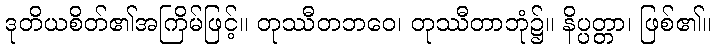
ဒုတိယစိတ်၏အကြိမ်ဖြင့်။ တုဿီတဘဝေ၊ တုဿီတာဘုံ၌။ နိပ္ပတ္တာ၊ ဖြစ်၏။